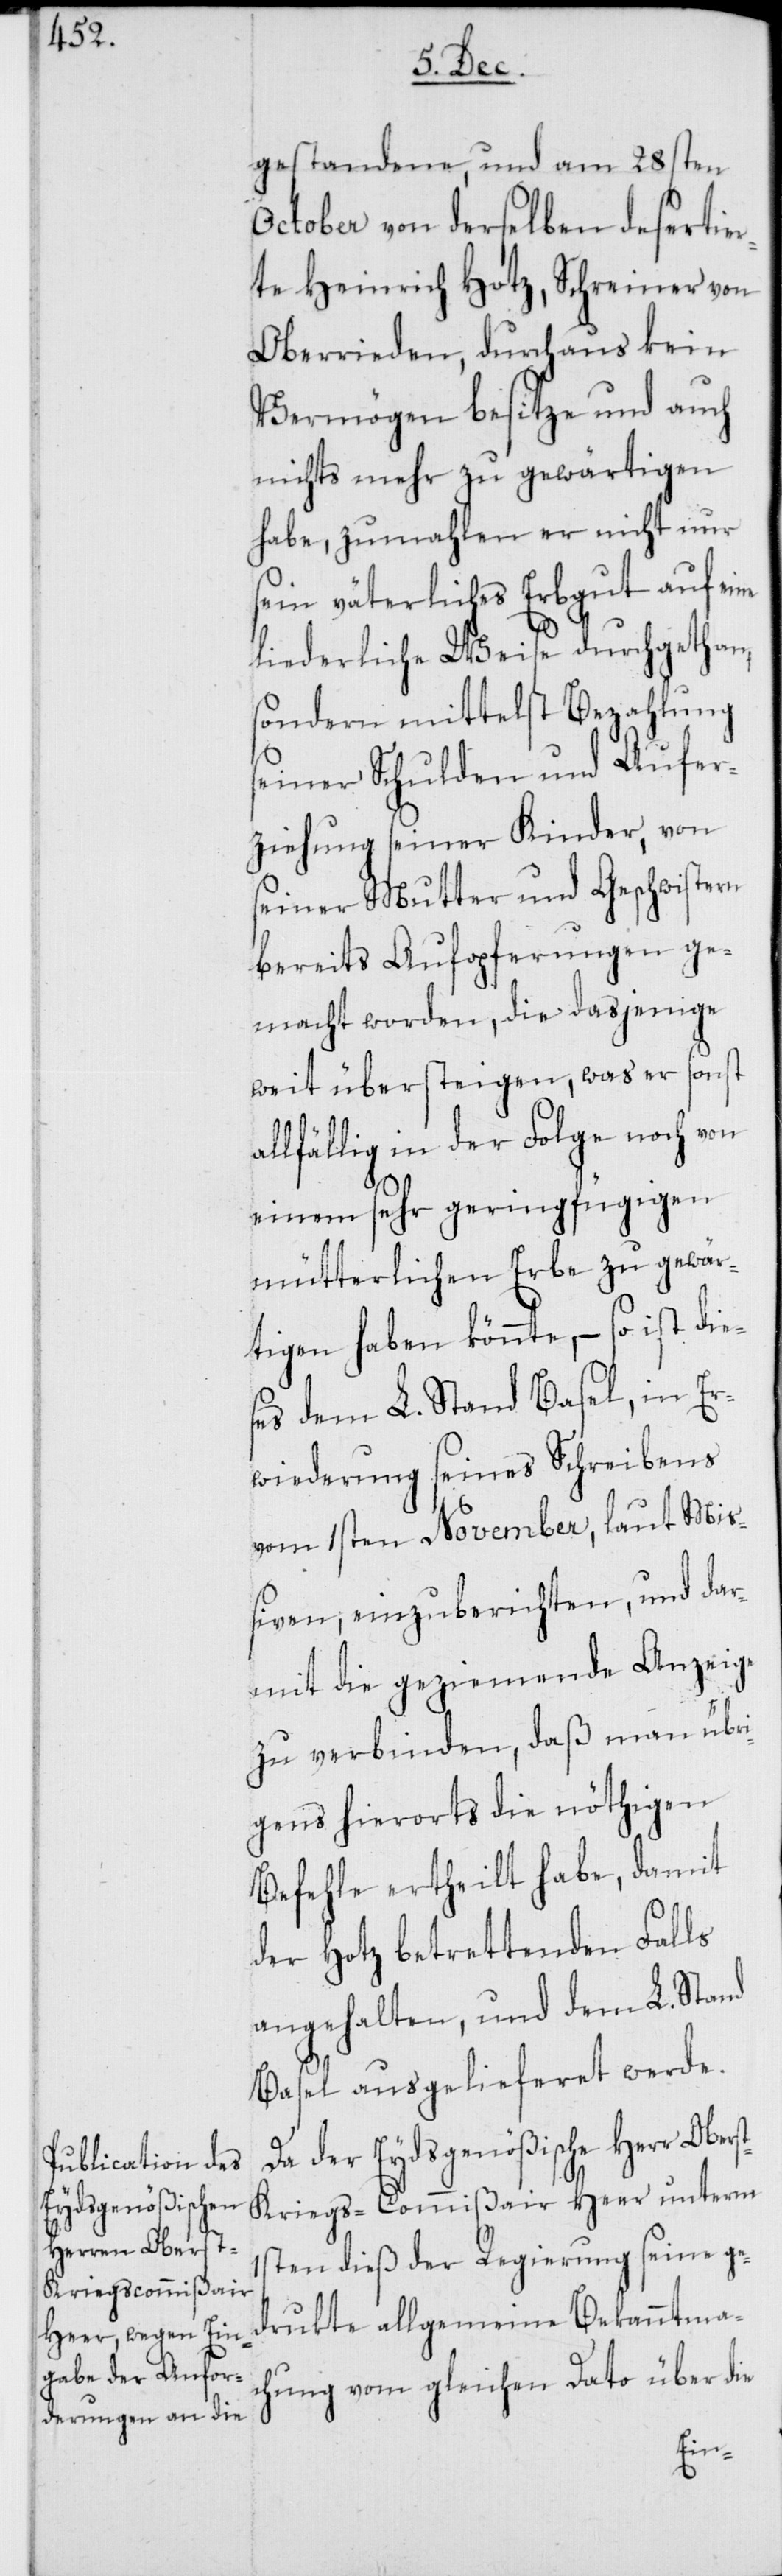
gestandene, und am 28sten
October von derselben desertie¬
rte Heinrich Hotz, Schreiner von
Oberrieden, durchaus kein
Vermögen besitze und auch
nichts mehr zu gewärtigen
habe, zumahlen er nicht nur
sein väterliches Erbgut auf eine
liederliche Weise durchgethan,
sondern mittelst Bezahlung
seiner Schulden und Aufer¬
ziehung seiner Kinder, von
seiner Mutter und Geschwistern
bereits Aufopferungen ge¬
macht worden, die dasjenige
weit übersteigen, was er sonst
allfällig in der Folge noch von
einem sehr geringfügigen
mütterlichen Erbe zu gewär¬
tigen haben könnte, – so ist die¬
ses dem L. Stand Basel, in Er¬
wiederung seines Schreibens
vom 1sten November, laut Mi¬
ßiven, einzuberichten, und dar¬
mit die geziemende Anzeige
zu verbinden, daß man übri¬
gens hierorts die nöthigen
Befehle ertheilt habe, damit
der Hotz betrettenden Falls
angehalten, und dem L. Stand
Basel ausgelieferet werde.
Da der Eydsgenößische Herr Ober¬
st-Kriegs-Commißair Heer unterm
1sten dieß der Regierung seine ge¬
drukte allgemeine Bekanntmac¬
hung vom gleichen Dato über die